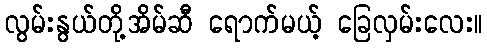
လွမ်းနွယ်တို့အိမ်ဆီ ရောက်မယ့် ခြေလှမ်းလေး။